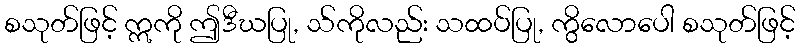
စသုတ်ဖြင့် ဣကို ဤဒီဃပြု, သ်ကိုလည်း သထပ်ပြု, ကွိလောပေါ စသုတ်ဖြင့်